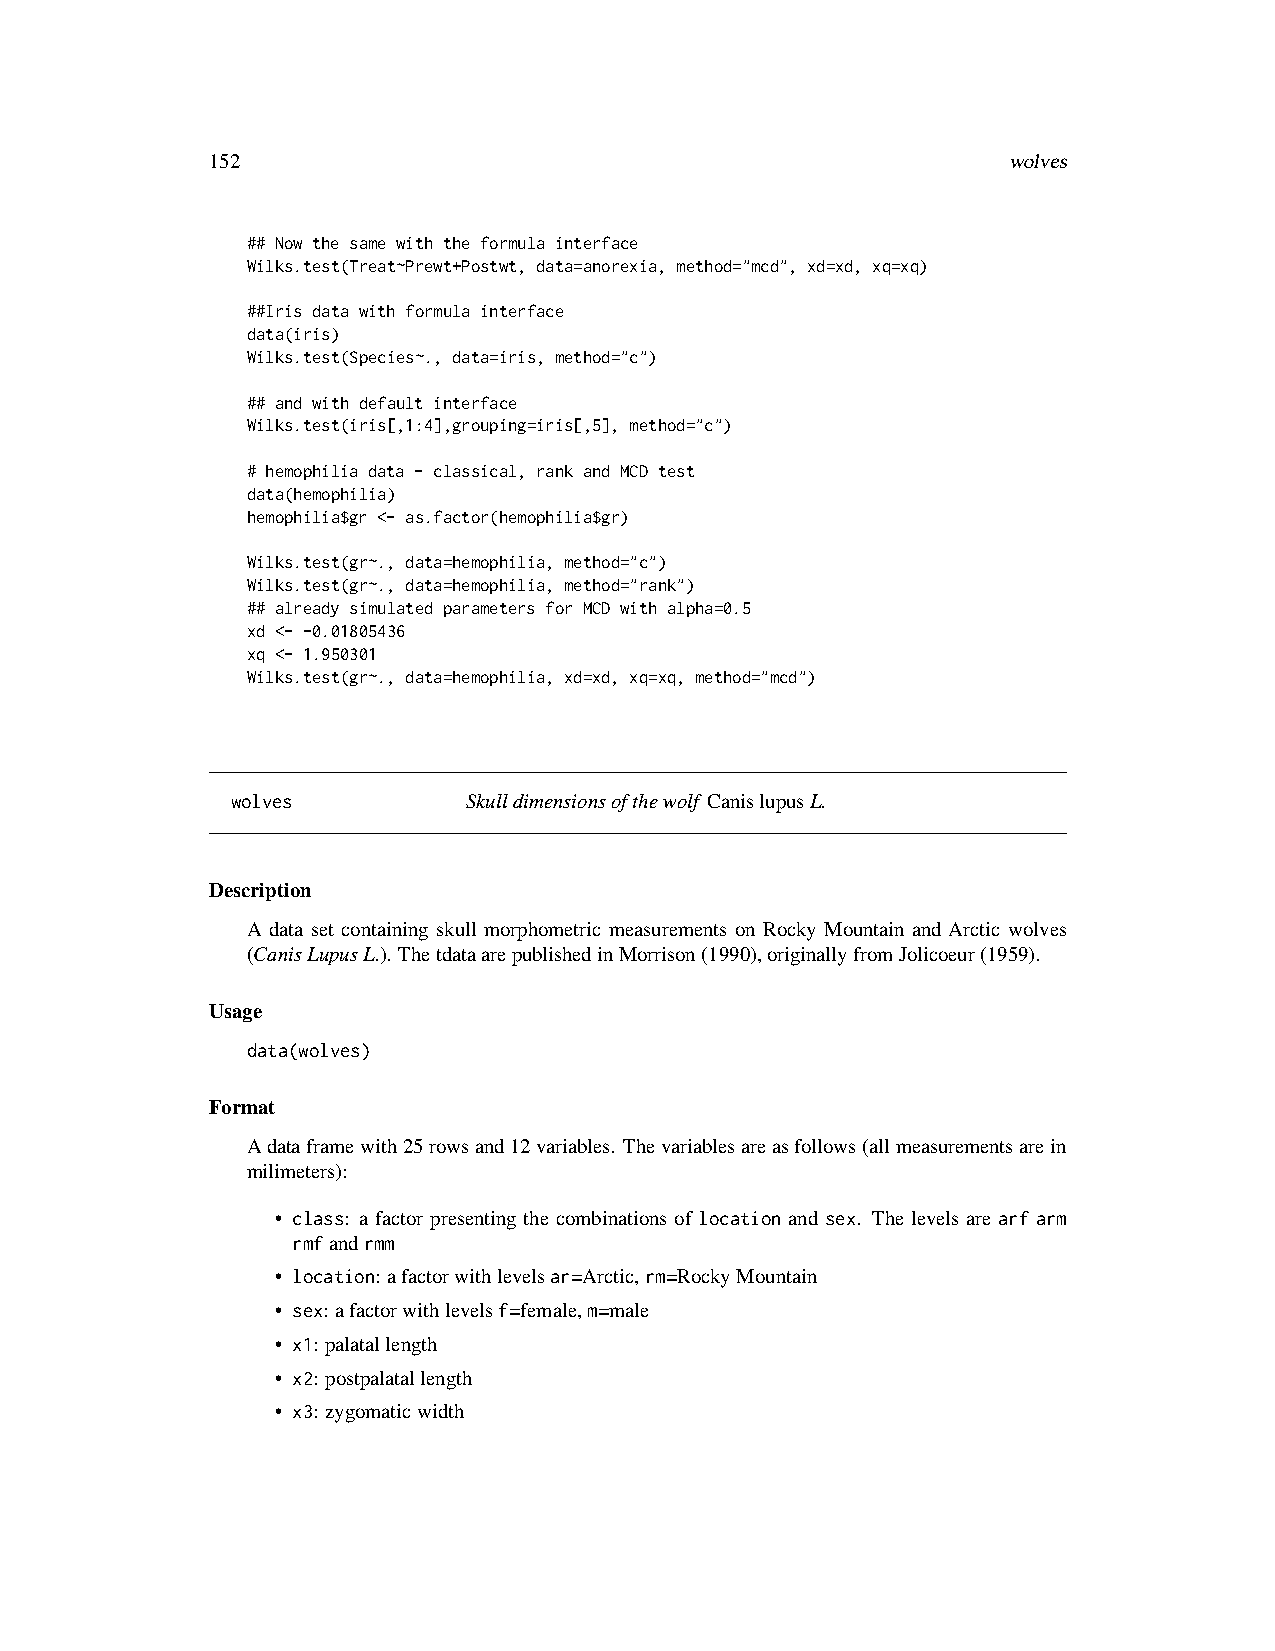
152                                                  wolves
 ## Now the same with the formula interface
 Wilks.test(Treat~Prewt+Postwt, data=anorexia, method="mcd", xd=xd, xq=xq)
 ##Iris data with formula interface
 data(iris)
 Wilks.test(Species~., data=iris, method="c")
 ## and with default interface
 Wilks.test(iris[,1:4],grouping=iris[,5], method="c")
 # hemophilia data - classical, rank and MCD test
 data(hemophilia)
 hemophilia$gr <- as.factor(hemophilia$gr)
 Wilks.test(gr~., data=hemophilia, method="c")
 Wilks.test(gr~., data=hemophilia, method="rank")
 ## already simulated parameters for MCD with alpha=0.5
 xd <- -0.01805436
 xq <- 1.950301
 Wilks.test(gr~., data=hemophilia, xd=xd, xq=xq, method="mcd")
 wolves          Skulldimensionsofthewolf CanislupusL.
 Description
 A data set containing skull morphometric measurements on Rocky Mountain and Arctic wolves
 (CanisLupusL.). ThetdataarepublishedinMorrison(1990),originallyfromJolicoeur(1959).
 Usage
 data(wolves)
 Format
 Adataframewith25rowsand12variables. Thevariablesareasfollows(allmeasurementsarein
 milimeters):
 • class: a factor presenting the combinations of location and sex. The levels are arf arm
 rmfandrmm
 • location: afactorwithlevelsar=Arctic,rm=RockyMountain
 • sex: afactorwithlevelsf=female,m=male
 • x1: palatallength
 • x2: postpalatallength
 • x3: zygomaticwidth